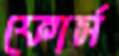
ফোর্স